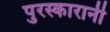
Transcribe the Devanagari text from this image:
पुरस्कारानी